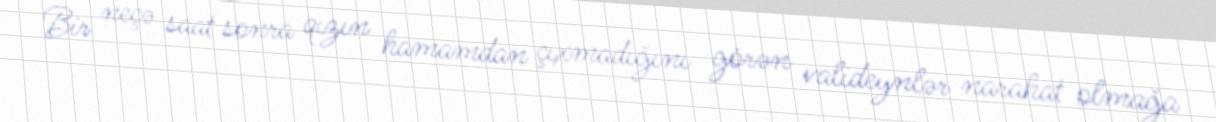
Bir neçə saat sonra qızın hamamdan çıxmadığını görən valideynlər narahat olmağa